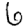
Digit: 6